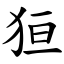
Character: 狟